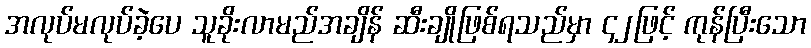
အလုပ်မလုပ်ခဲ့ပေ သူခိုးလာမည်အချိန် ဆီးချိုဖြစ်ရသည်မှာ ၄၂ဖြင့် ကုန်ပြီးသော